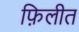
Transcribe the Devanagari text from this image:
फ़िलीत